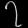
Digit: ၇